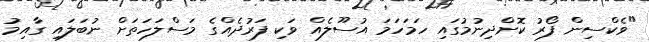
"ވެކްސިން ފޯރު ކޮށްދިނުމުގައި ހަމަހަމަ އުސޫލެއް ވަކި ފަރުދެއްގެ މަސްލަހަތަށް ނުބަލައި ގާއިމު